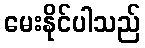
မေးနိုင်ပါသည်